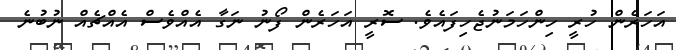
އަހަރެން ހުރީ ހިންހަމަނުޖެހިފައެވެ. ސޮރީ އަހަރެން ފޯނު ނަގާ އެއްވެސް އެއްޗެއް ނުބުނެ